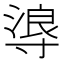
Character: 𭔻